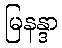
မြနန္ဒာ